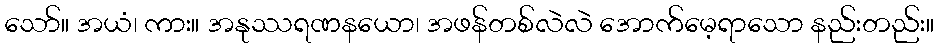
သော်။ အယံ၊ ကား။ အနုဿရဏနယော၊ အဖန်တစ်လဲလဲ အောက်မေ့ရာသော နည်းတည်း။